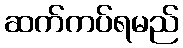
ဆက်ကပ်ရမည်